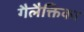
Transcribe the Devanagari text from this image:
गैलैक्तिका